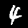
Digit: 4